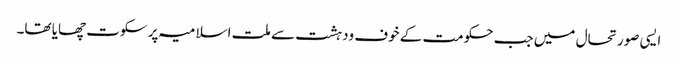
ایسی صورتحال میں جب حکومت کے خوف ودہشت سے ملت اسلامیہ پر سکوت چھایا تھا۔